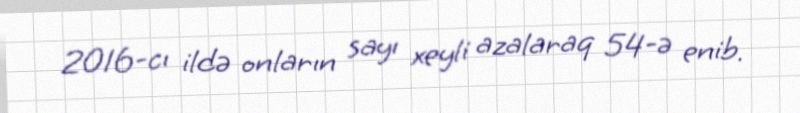
2016-cı ildə onların sayı xeyli azalaraq 54-ə enib.